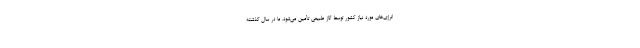
انرژی‌های مورد نیاز کشور توسط گاز طبیعی تأمین می‌شود. ما در سال گذشته